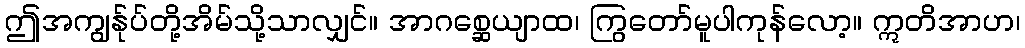
ဤအကျွန်ုပ်တို့အိမ်သို့သာလျှင်။ အာဂစ္ဆေယျာထ၊ ကြွတော်မူပါကုန်လော့။ ဣတိအာဟ၊